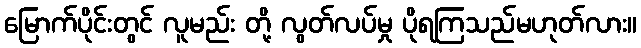
မြောက်ပိုင်းတွင် လူမည်း တို့ လွတ်လပ်မှု ပိုရကြသည်မဟုတ်လား။